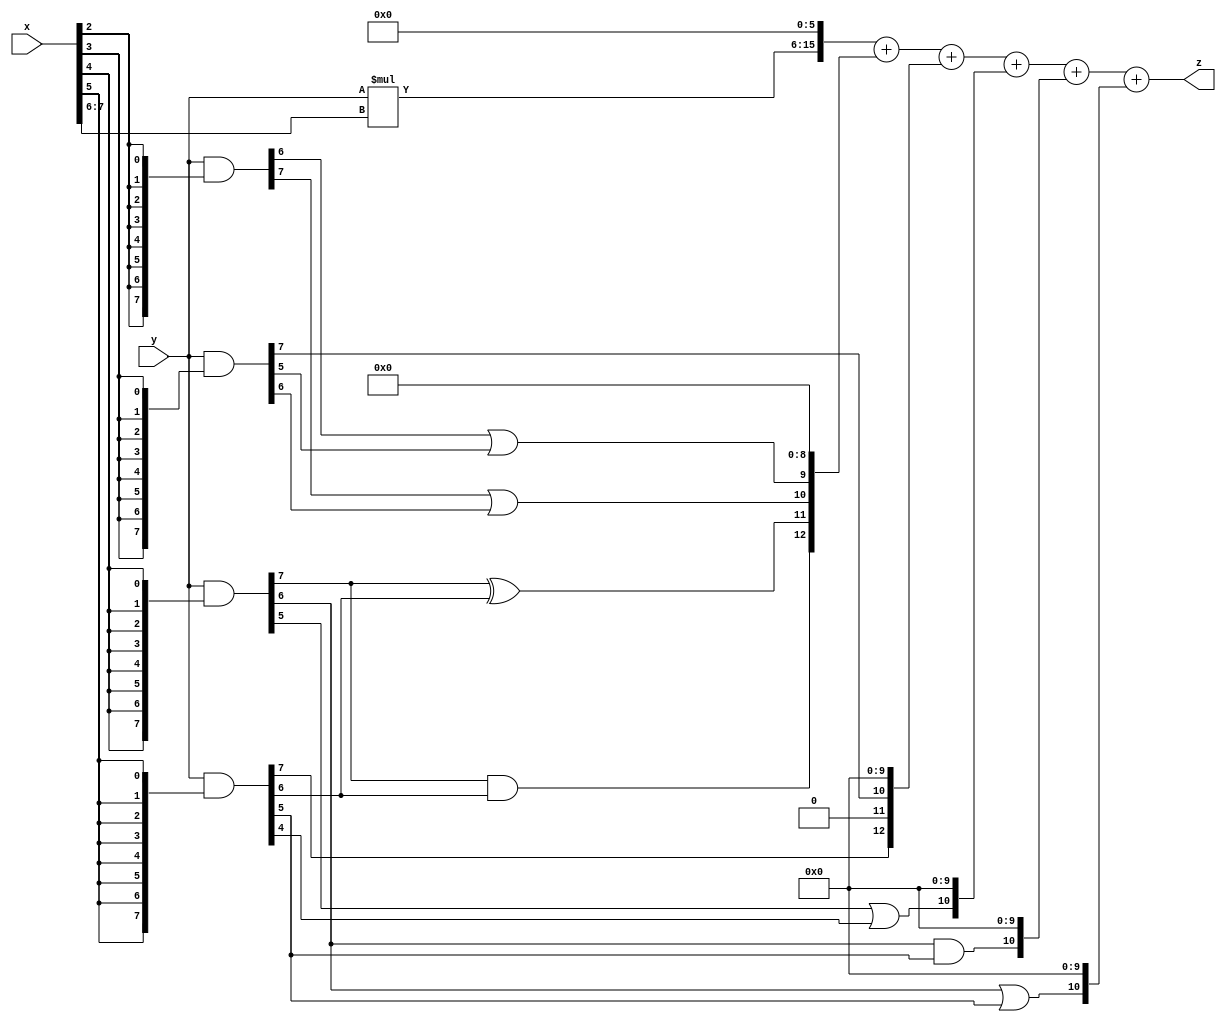
// terms: 9
// fval:  647422.25

module unsigned_8x8_l6_lamb50000_7 (
	input [7:0] x,
	input [7:0] y,
	output [15:0] z
);

wire [9:0] tmp_z = y*x[7:6];

wire [7:0] part1 =  y & {8{x[0]}};
wire [7:0] part2 =  y & {8{x[1]}};
wire [7:0] part3 =  y & {8{x[2]}};
wire [7:0] part4 =  y & {8{x[3]}};
wire [7:0] part5 =  y & {8{x[4]}};
wire [7:0] part6 =  y & {8{x[5]}};

wire [12:0] new_part1;
assign new_part1[0] = 0;
assign new_part1[1] = 0;
assign new_part1[2] = 0;
assign new_part1[3] = 0;
assign new_part1[4] = 0;
assign new_part1[5] = 0;
assign new_part1[6] = 0;
assign new_part1[7] = 0;
assign new_part1[8] = 0;
assign new_part1[9] = part3[6] | part4[5];
assign new_part1[10] = part3[7] | part4[6];
assign new_part1[11] = part5[7] ^ part6[6];
assign new_part1[12] = part5[7] & part6[6];

wire [12:0] new_part2;
assign new_part2[0] = 0;
assign new_part2[1] = 0;
assign new_part2[2] = 0;
assign new_part2[3] = 0;
assign new_part2[4] = 0;
assign new_part2[5] = 0;
assign new_part2[6] = 0;
assign new_part2[7] = 0;
assign new_part2[8] = 0;
assign new_part2[9] = 0;
assign new_part2[10] = part4[7];
assign new_part2[11] = 0;
assign new_part2[12] = part6[7];

wire [10:0] new_part3;
assign new_part3[0] = 0;
assign new_part3[1] = 0;
assign new_part3[2] = 0;
assign new_part3[3] = 0;
assign new_part3[4] = 0;
assign new_part3[5] = 0;
assign new_part3[6] = 0;
assign new_part3[7] = 0;
assign new_part3[8] = 0;
assign new_part3[9] = 0;
assign new_part3[10] = part5[5] | part6[4];

wire [10:0] new_part4;
assign new_part4[0] = 0;
assign new_part4[1] = 0;
assign new_part4[2] = 0;
assign new_part4[3] = 0;
assign new_part4[4] = 0;
assign new_part4[5] = 0;
assign new_part4[6] = 0;
assign new_part4[7] = 0;
assign new_part4[8] = 0;
assign new_part4[9] = 0;
assign new_part4[10] = part5[6] & part6[5];

wire [10:0] new_part5;
assign new_part5[0] = 0;
assign new_part5[1] = 0;
assign new_part5[2] = 0;
assign new_part5[3] = 0;
assign new_part5[4] = 0;
assign new_part5[5] = 0;
assign new_part5[6] = 0;
assign new_part5[7] = 0;
assign new_part5[8] = 0;
assign new_part5[9] = 0;
assign new_part5[10] = part5[6] | part6[5];

assign z = {tmp_z, 6'd 0} + new_part1 + new_part2 + new_part3 + new_part4 + new_part5;
endmodule